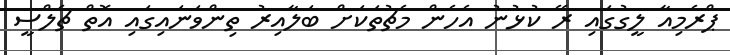
ޕްރެމިއާ ލީގުގައި ރޭ ކުޅުނު އެހެން މެޗުތަކަށް ބަލާއިރު ތިންވަނައިގައި އޮތް ޗެލްސީ